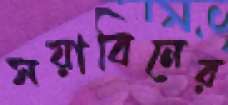
সয়াবিনের